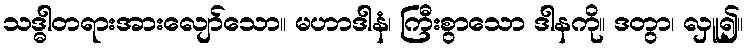
သဒ္ဓါတရားအားလျော်သော။ မဟာဒါနံ၊ ကြီးစွာသော ဒါနကို။ ဒတွာ၊ လှူ၍။